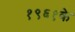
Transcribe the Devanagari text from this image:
१९६१के